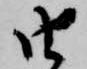
由